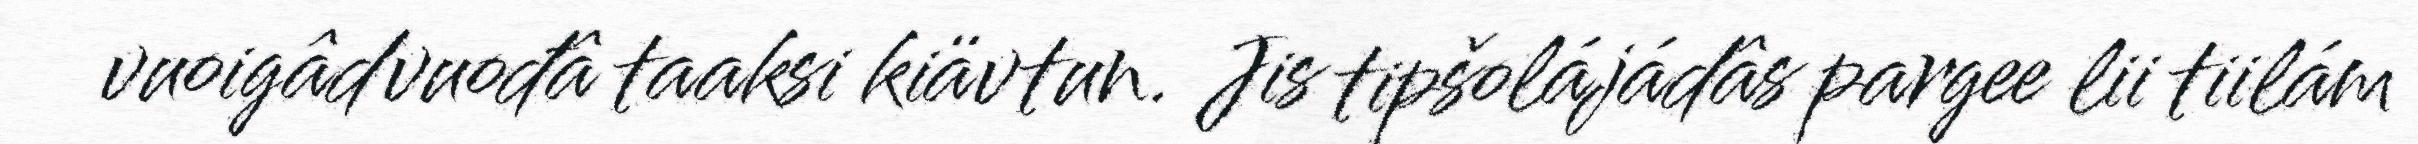
vuoigâdvuođâ taaksi kiävtun. Jis tipšolájádâs pargee lii tiilám